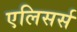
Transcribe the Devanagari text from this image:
एलिसर्स